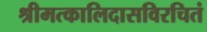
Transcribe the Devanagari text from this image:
श्रीमत्कालिदासविरचितं